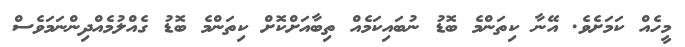
މީހެއް ކަމަށެވެ. އޭނާ ކިތަންމެ ބޮޑު ނުބައިކަމެއް ތިބާއަށްކޮށް ކިތަންމެ ބޮޑު ގެއްލުމެއްދިންނަމަވެސް